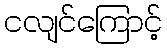
ငလျင်ကြောင့်